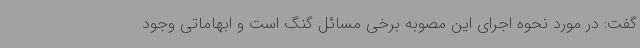
گفت: در مورد نحوه اجرای این مصوبه برخی مسائل گنگ است و ابهاماتی وجود